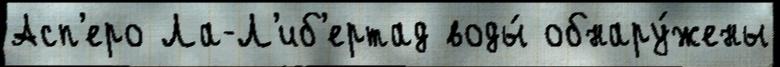
Асп'еро Ла-Л'иб'ертад воды́ обнару́жены